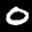
Label: 0